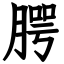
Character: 腭